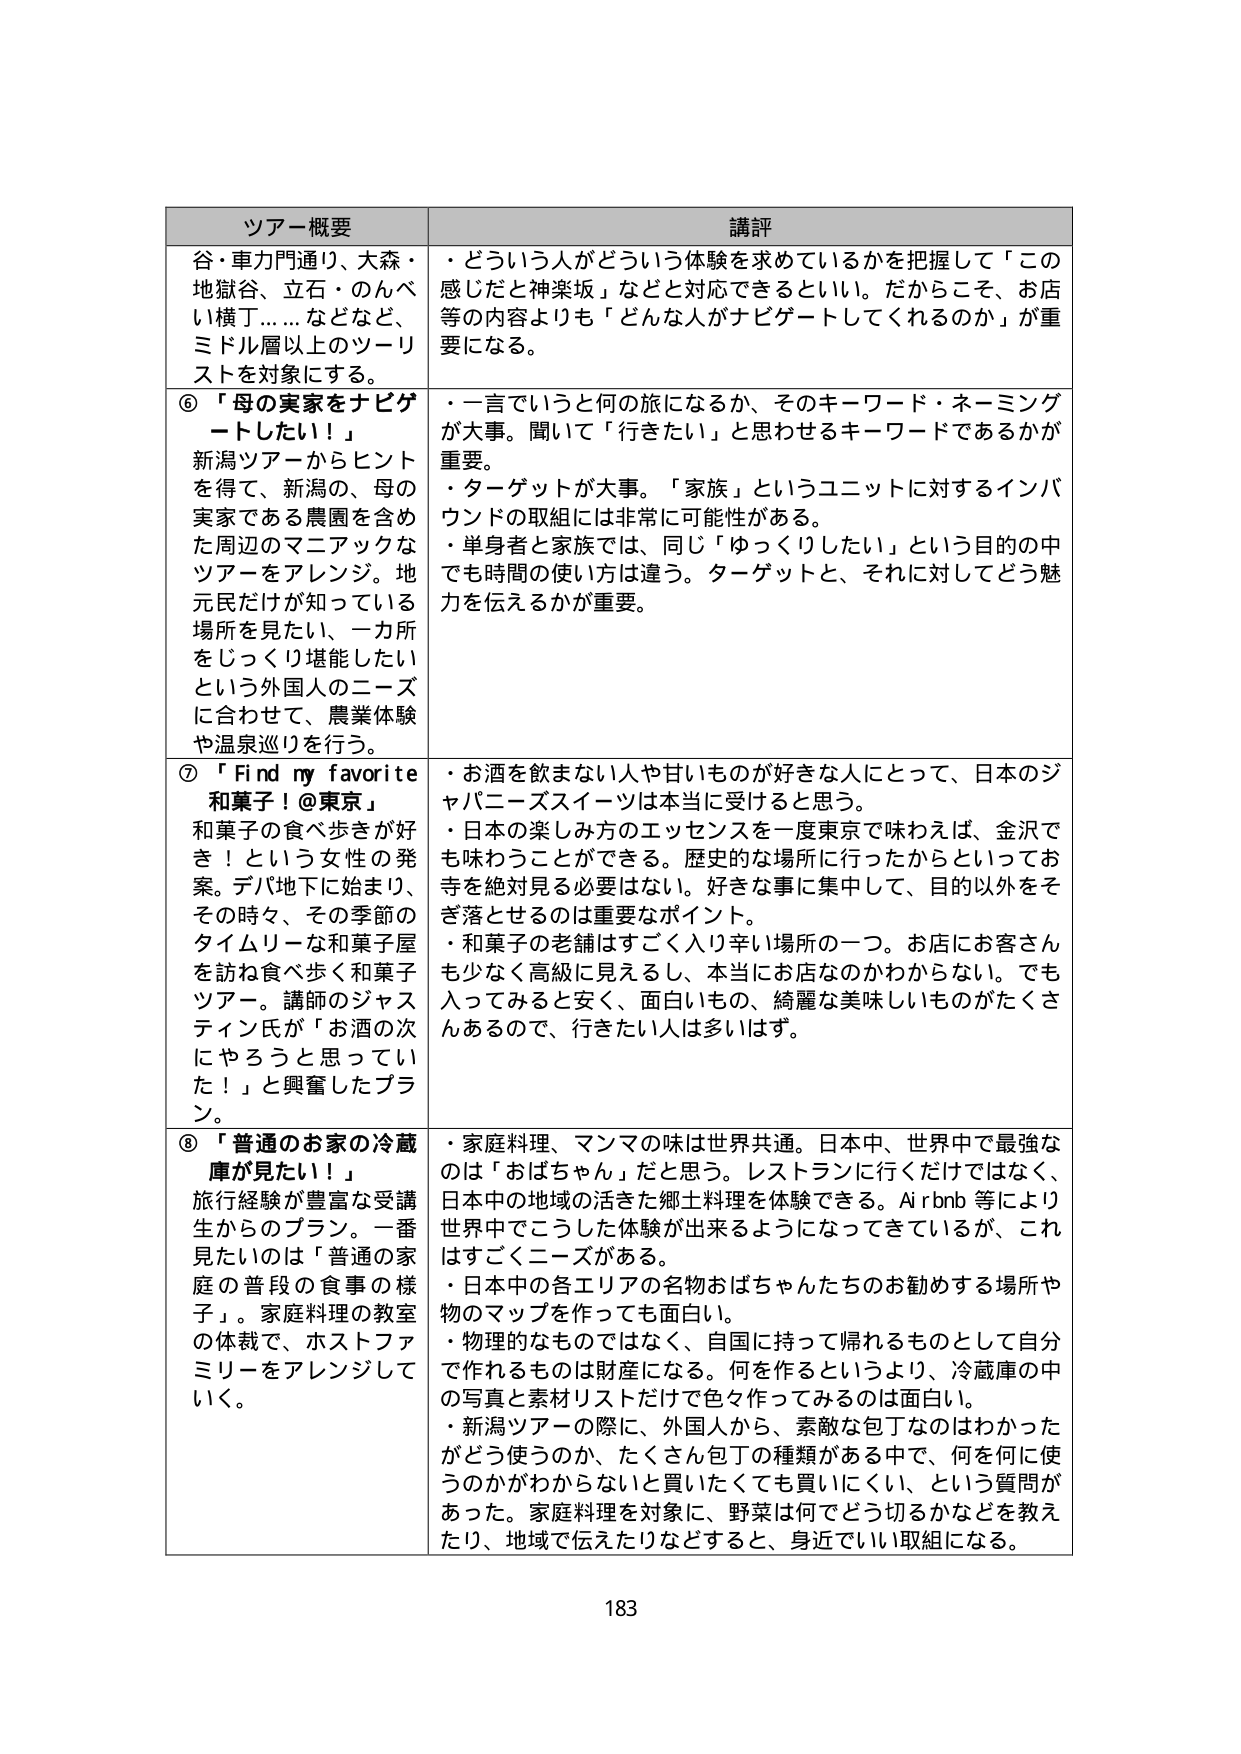
ツアー概要 講評
谷・車力門通り、大森・地獄谷・立石・のんべい横丁……などなど、ミドル層以上のツーリストを対象にする。
・どういう人がどういう体験を求めているかを把握して「この感じだと神楽坂」などと対応できるといい。だからこそ、お店等の内容よりも「どんな人がナビゲートしてくれるのか」が重要になる。

⑥「母の実家をナビゲートしたい！」
新潟ツアーからヒントを得て、新潟の、母の実家である農園を含めた周辺のマニアックなツアーをアレンジ。地元民だけが知っている場所を見たい、一カ所をじっくり堪能したいという外国人のニーズに合わせて、農業体験や温泉巡りを行う。
・一言でいうと何の旅になるか、そのキーワード・ネーミングが大事。聞いて「行きたい」と思わせるキーワードであるかが重要。
・ターゲットが大事。「家族」というユニットに対するインバウンドの取組には非常に可能性がある。
・単身者と家族では、同じ「ゆっくりしたい」という目的の中でも時間の使い方は違う。ターゲットと、それに対してどう魅力を伝えるかが重要。

⑦「Find my favorite 和菓子！@東京」
和菓子の食べ歩きが好き！という女性の発案。デパ地下に始まり、その時々、その季節のタイムリーな和菓子屋を訪ね食べ歩く和菓子ツアー。講師のジャスティン氏が「お酒の次にやろうと思っていた！」と興奮したプラン。
・お酒を飲まない人や甘いものが好きな人にとって、日本のジャパニーズスイーツは本当に受けると思う。
・日本の楽しみ方のエッセンスを一度東京で味わえば、金沢でも味わうことができる。歴史的な場所に行っただからといってお寺を絶対見る必要はない。好きな事に集中して、目的以外をそぎ落とせるのは重要なポイント。
・和菓子の老舗はすごく入り辛い場所の一つ。お店にお客さんも少なく高級に見えるし、本当にお店なのかわからない。でも入ってみると安く、面白いもの、綺麗な美味しいものがたくさんあるので、行きたい人は多いはず。

⑧「普通のお家の冷蔵庫が見たい！」
旅行経験が豊富な受講生からのプラン。一番見たいのは「普通の家庭の普段の食事の様子」。家庭料理の教室の体裁で、ホストファミリーをアレンジしていく。
・家庭料理、マンマの味は世界共通。日本中、世界中で最強なのは「おばちゃん」だと思う。レストランに行くだけではなく、日本中の地域の活きた郷土料理を体験できる。Airbnb等により世界中でこうした体験が出来るようになってきているが、これはすごくニーズがある。
・日本中の各エリアの名物おばちゃんたちのお勧めする場所や物のマップを作っても面白い。
・物理的なものではなく、自国に持って帰れるものとして自分で作れるものは財産になる。何を作るというより、冷蔵庫の中の写真と素材リストだけで色々作ってみるのは面白い。
・新潟ツアーの際に、外国人から、素敵な包丁のはわかったがどう使うのか、たくさん包丁の種類がある中で、何を何に使うのかがわからないと買いたくても買いにくい、という質問があった。家庭料理を対象に、野菜は何でどう切るかなどを教えたり、地域で伝えたりなどすると、身近でいい取組になる。

183